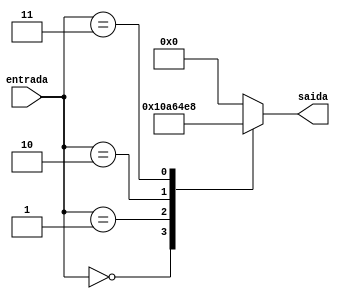
module decodificador (input [2:0] entrada, output reg [7:0] saida);
  
  always @(*)
  begin
    case (entrada)
      2'b00 : saida = 0000001;
      2'b01 : saida = 0000010;
      2'b10 : saida = 0000100;
      2'b11 : saida = 0001000;
      default : saida = 0000000;
  endcase
end

endmodule